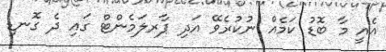
އެއީ މާ ބޮޑު ކަމެއް ނުކުރެވޭ އަދި ޕާރލަމެންޓް ގައި ދެ ގޮނޑި